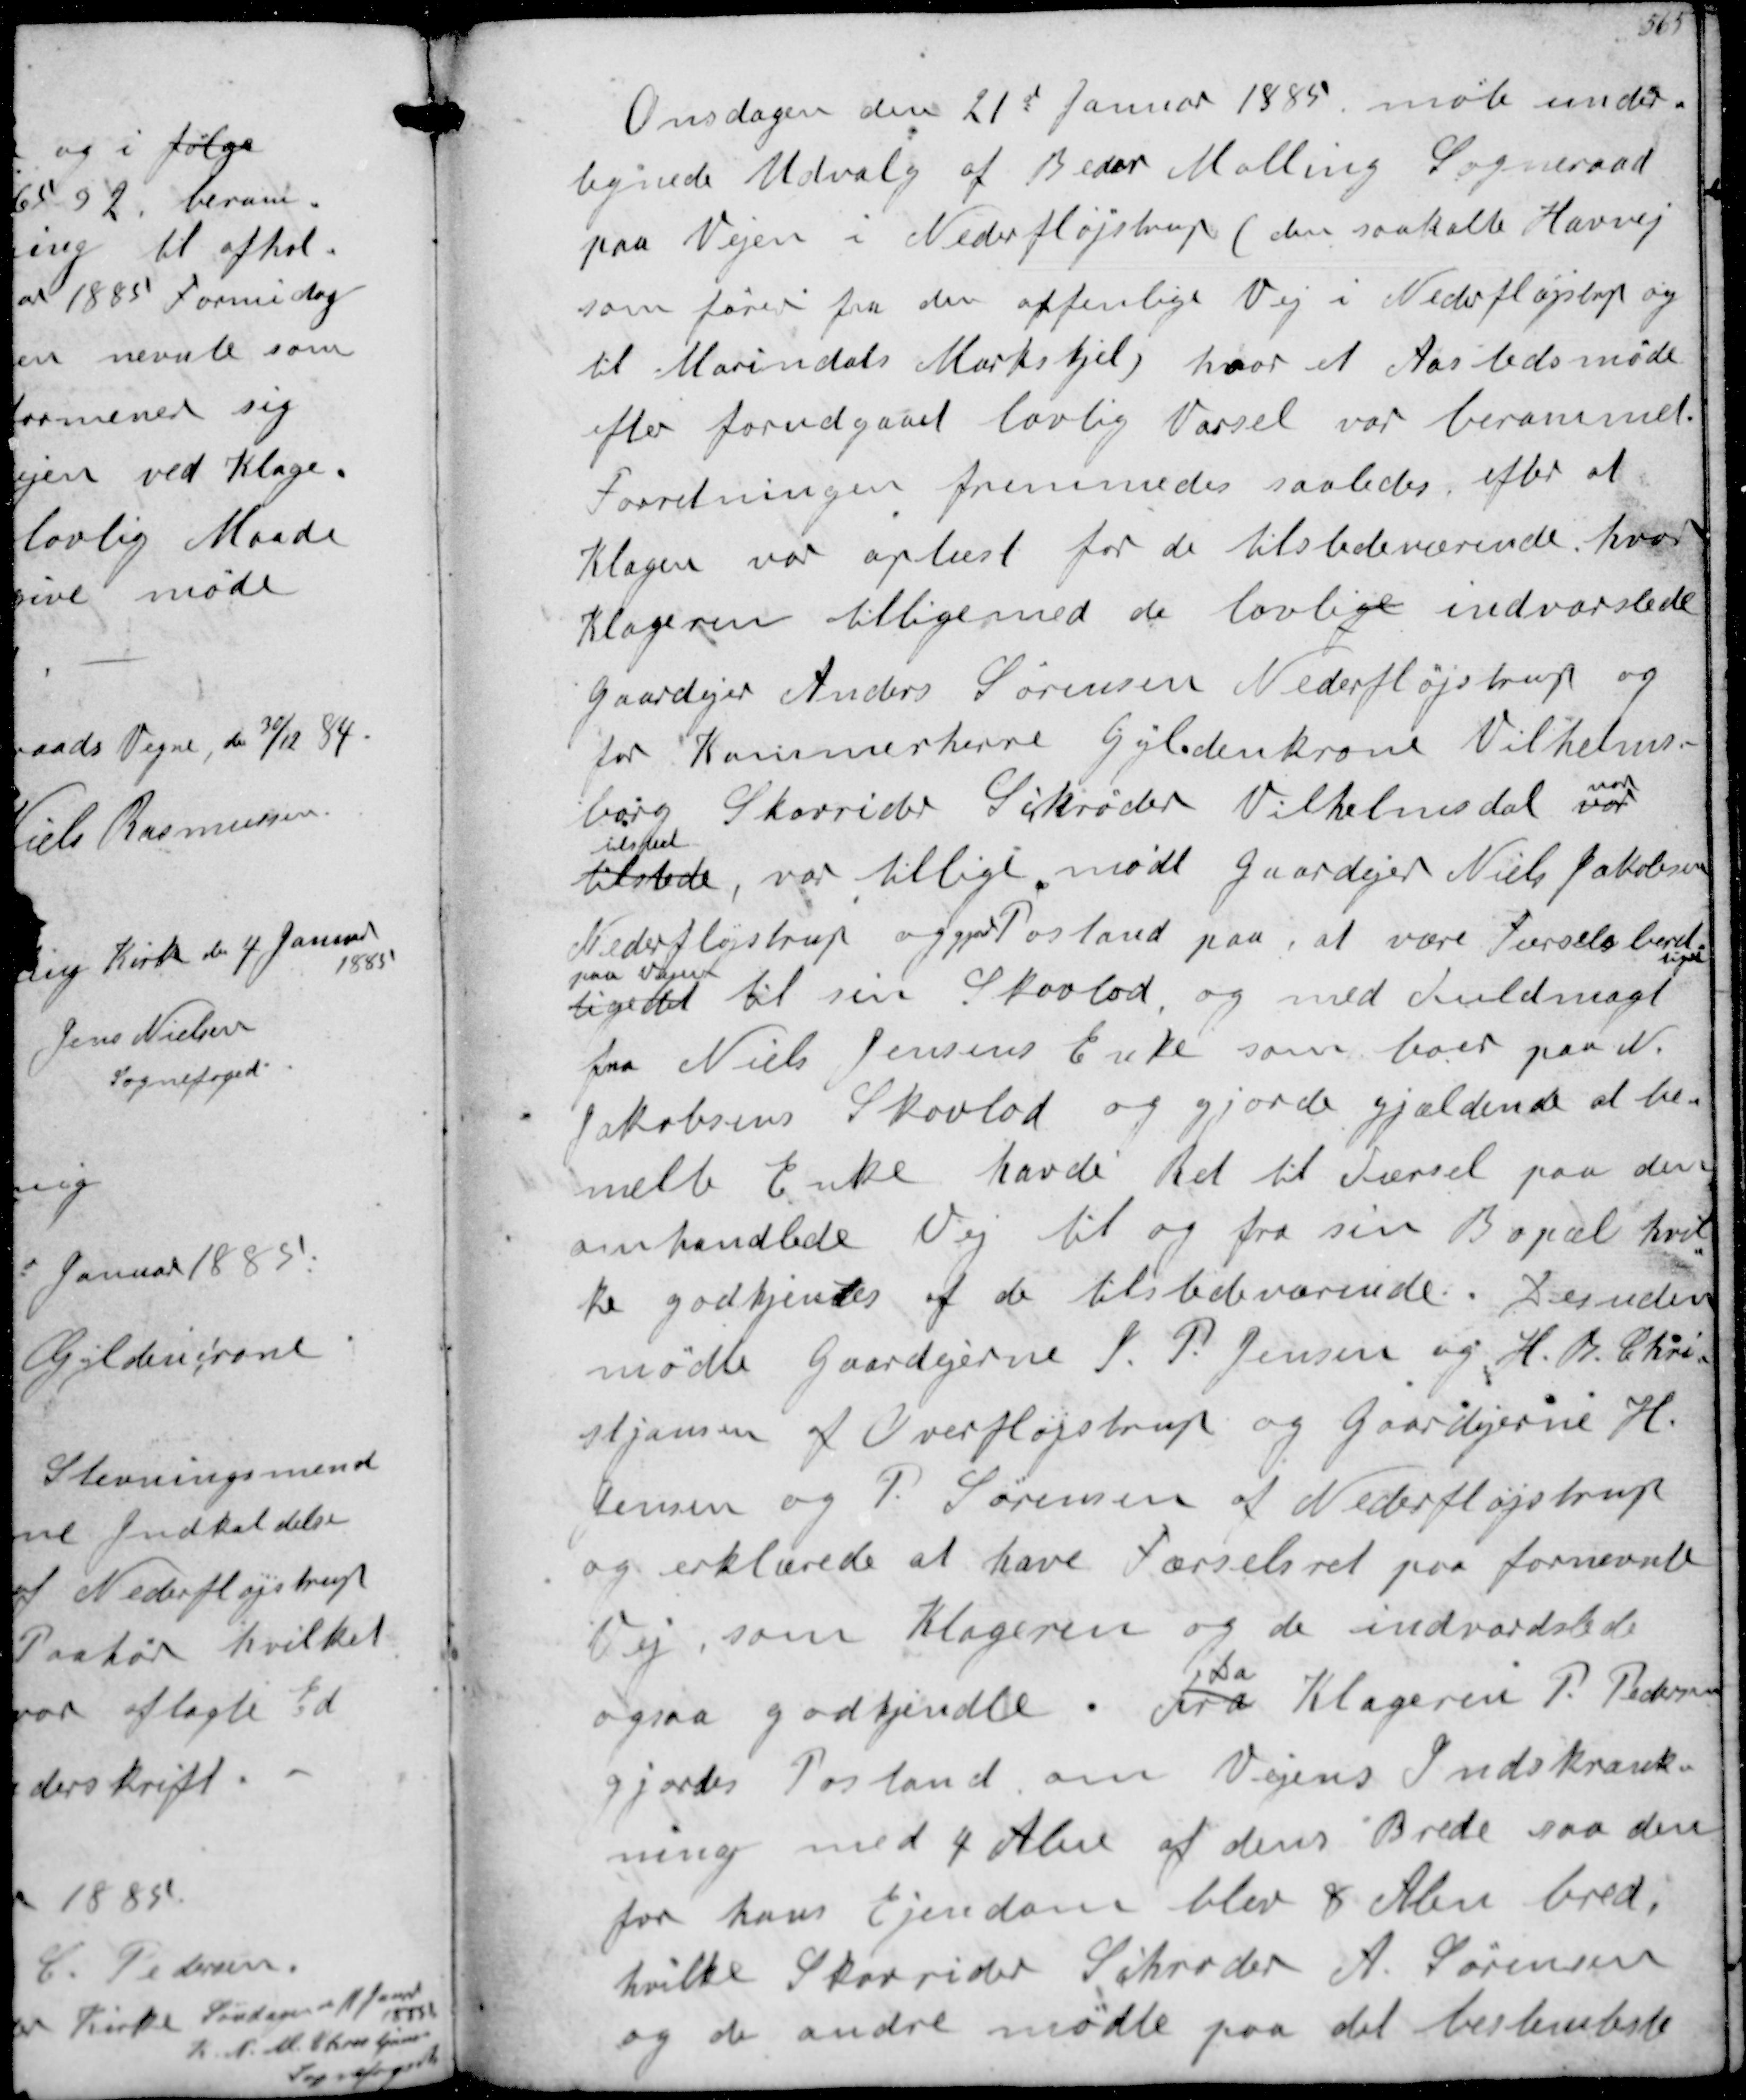
Transskription:
Onsdagen den 21d Januar 1885 møte under-
tegnede Udvalg af Beder Malling Sogneraad
paa Vejen i Nederfløjstrup den saakalte Havvej
som fører fra den offenlige Vej i Nedefløjstrup og
til Marindals Markskjel, hvor et Aastedsmøde
efter forudgaaet lovlig Varsel var berammet.
Forretningen fremmedes saaledes efter at
Klagen var oplæst for de tilstedeværende hvor
Klageren tilligemed de lovlige indvarslede
gaardejer Anders Sørensen Nederfløjstrup og
for Kammerherre Gyldenkrone Vilhelms-
borg Skovrider Schrøder Vilhelmsdal var
var
tilsted
tilstede, var tillige mødt gaardejer Niels Jakobsen
Nederfløjstrup og gjord Postand paa, at være Færselsberet-
tiget
paa Vejen
tigedet til sin Skovlod og med Fuldmagt
fra Niels Jensens Enke som boer paa N.
Jakobsens Skovlod og gjorde gjældende at be-
melte Enke havde Ret til Færsel paa den
omhandlede vej til og fra sin Bopæl hvil-
ke godkjentes af de tilstdeværende. Desuden
mødte Gaardejerne P.P. Jensen og H.B. Chri-
stjansen af Overfløjstrup og Gaardejerne H
Jensen og P Sørensen af Nederfløjstrup
og erklærede at have Færselsret paa fornevnte
Vej som Klageren og de indvardslede
ogsaa godkjendte
Da
Fra Klageren P. Pedersen
gjordes Postand om Vejens Indskrænk-
ning med 4 Alen af dens Brede saa den
for hans Ejendom blev 8 Alen bred,
hvilke Skovrider Schrøder A Sørensen
og de andre mødte paa det bestemteste